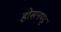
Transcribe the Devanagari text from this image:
होसनपट्ट